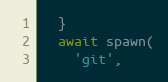
Language: JavaScript
  }
  await spawn(
    'git',